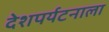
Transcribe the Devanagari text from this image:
देशपर्यटनाला